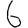
Digit: 6